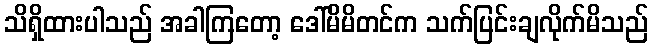
သိရှိထားပါသည် အခါကြတော့ ဒေါ်မိမိတင်က သက်ပြင်းချလိုက်မိသည်